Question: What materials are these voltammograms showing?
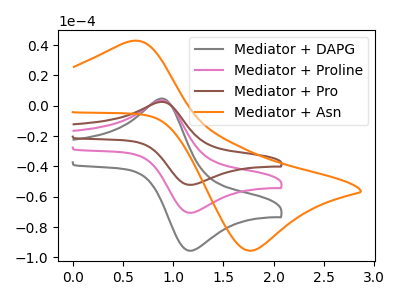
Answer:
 <answer>The gray curve is labeled "Mediator + DAPG". The pink curve is labeled "Mediator + Proline". The brown curve is labeled "Mediator + Pro". The orange curve is labeled "Mediator + Asn".</answer>
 <eval></eval>